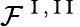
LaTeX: \mathcal{F}^{\mathrm{~I~},\mathrm{~I~I~}}